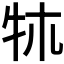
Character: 𤘱